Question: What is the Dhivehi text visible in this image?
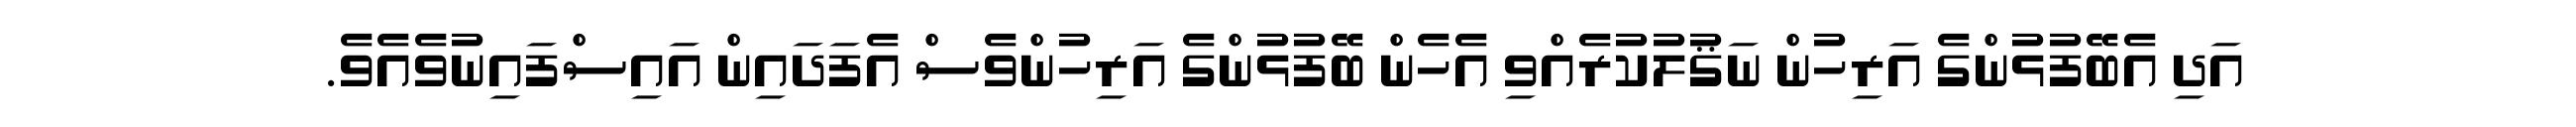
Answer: އަދި އެބޭފުޅުންގެ އަރިހުން ނަޤުލުކުރެއްވި އެހެން ބޭފުޅުންގެ އަރިހުންވެސް އެފަދައިން އައިސްފައިނުވެއެވެ.